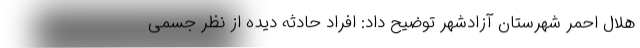
هلال احمر شهرستان آزادشهر توضیح داد: افراد حادثه دیده از نظر جسمی